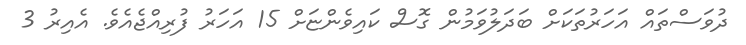
ދުވަސްތައް އަހަރުތަކަށް ބަދަލުވަމުން ގޮސް ކައިވެންޏަށް 15 އަހަރު ފުރިއްޖެއެވެ. އެއިރު 3